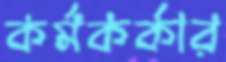
কর্মকর্কার